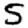
Digit: 5